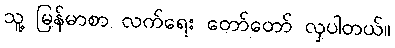
သူ့ မြန်မာစာ လက်ရေး တော်တော် လှပါတယ်။